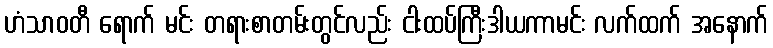
ဟံသာဝတီ ရောက် မင်း တရားစာတမ်းတွင်လည်း ငါးထပ်ကြီးဒါယကာမင်း လက်ထက် အနောက်